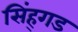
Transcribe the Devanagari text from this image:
सिंह्गड